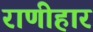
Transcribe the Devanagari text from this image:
राणीहार